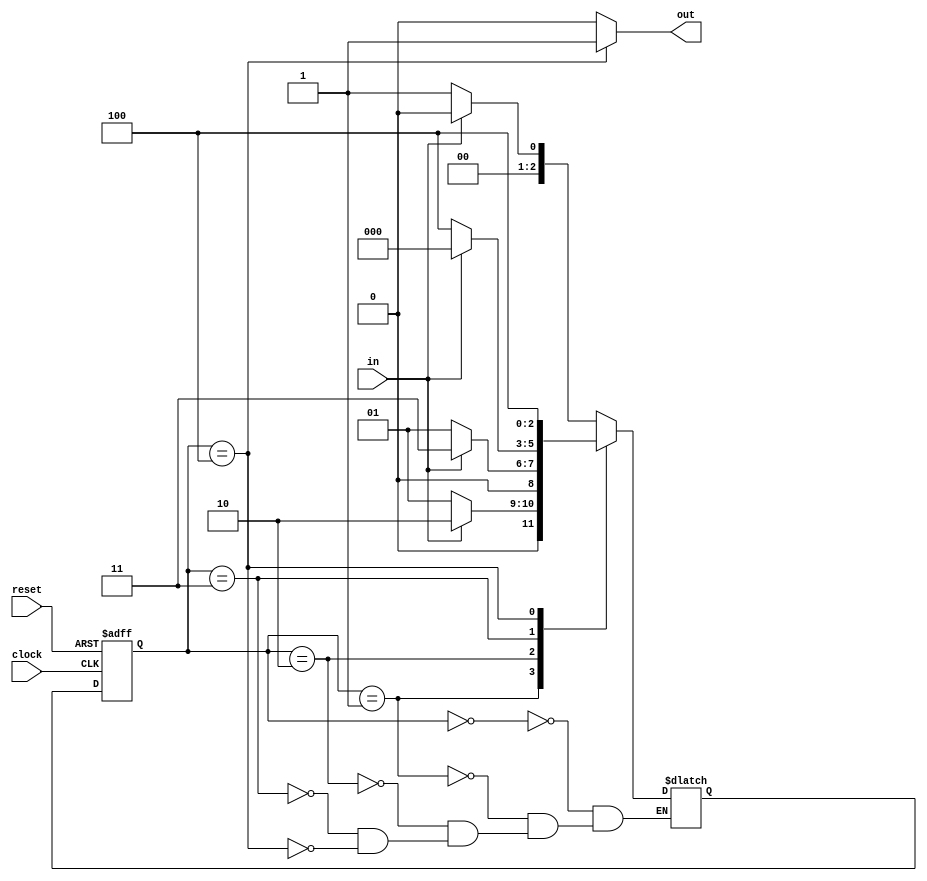
`timescale 1ns / 1ps

////////////////////////////////////
//Jake Bezold and Paul Brodhead 2017
////////////////////////////////////

module SSDetector(
    input clock,
    input in,
	 input reset,
    output reg out
    );
	 
	 parameter s0 = 3'd0, s1 = 3'd1, s2 =3'd2, s3 = 3'd3, s4 = 3'd4;
	 
	 reg [2:0] PRState, NXState;

	always @ (PRState) begin
		if (PRState == s4) out = 1'b1;
		else out = 1'b0;
	end
	
	always @ (posedge clock or negedge reset) begin
		if (reset == 1'b0) PRState = s0;
		else PRState = NXState;
	end
	
	always @ (PRState or in) begin
		case(PRState)
		s0 : if (in == 1'b0) NXState = s1;
					else NXState = s0;
		s1 : if (in == 1'b1) NXState = s2;
					else NXState = s1;
		s2 : if (in == 1'b1) NXState = s3;
					else NXState = s1;
		s3 : if (in == 1'b0) NXState = s4;
					else NXState = s0;
		s4: NXState = s4;
		endcase
	end

endmodule